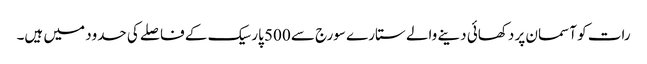
رات کو آسمان پر دکھائی دینے والے ستارے سورج سے 500 پارسیک کے فاصلے کی حدود میں ہیں۔